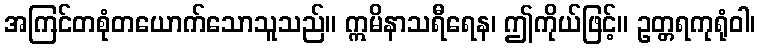
အကြင်တစုံတယောက်သောသူသည်။ ဣမိနာသရီရေန၊ ဤကိုယ်ဖြင့်။ ဥတ္တရကုရုံဝါ၊